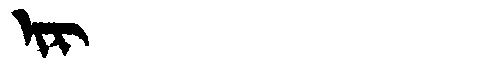
Manchu: ᡳᡵ
Romanization: IR